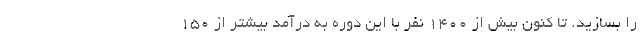
را بسازید. تا کنون بیش از 1400 نفر با این دوره به درآمد بیشتر از 150